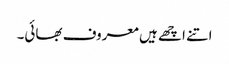
اتنے اچھے ہیں معروف بھائی۔